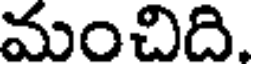
మంచిది.